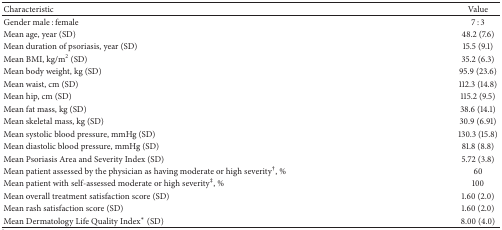
| Characteristic | Value |
 | --- | --- |
 | Gender male : female | 7 : 3 |
 | Mean age, year (SD) | 48.2 (7.6) |
 | Mean duration of psoriasis, year (SD) | 15.5 (9.1) |
 | Mean BMI, kg/m2 (SD) | 35.2 (6.3) |
 | Mean body weight, kg (SD) | 95.9 (23.6) |
 | Mean waist, cm (SD) | 112.3 (14.8) |
 | Mean hip, cm (SD) | 115.2 (9.5) |
 | Mean fat mass, kg (SD) | 38.6 (14.1) |
 | Mean skeletal mass, kg (SD) | 30.9 (6.91) |
 | Mean systolic blood pressure, mmHg (SD) | 130.3 (15.8) |
 | Mean diastolic blood pressure, mmHg (SD) | 81.8 (8.8) |
 | Mean Psoriasis Area and Severity Index (SD) | 5.72 (3.8) |
 | Mean patient assessed by the physician as having moderate or high severity†, % | 60 |
 | Mean patient with self-assessed moderate or high severity‡, % | 100 |
 | Mean overall treatment satisfaction score (SD) | 1.60 (2.0) |
 | Mean rash satisfaction score (SD) | 1.60 (2.0) |
 | Mean Dermatology Life Quality Index* (SD) | 8.00 (4.0) |